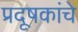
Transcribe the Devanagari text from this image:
प्रदूषकांचे